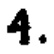
4